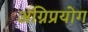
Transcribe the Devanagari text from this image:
अग्निप्रयोग